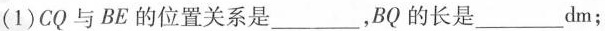
(1)CQ与BE的位置关系是___，BQ的长是___dm；